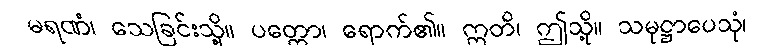
မရဏံ၊ သေခြင်းသို့။ ပတ္တော၊ ရောက်၏။ ဣတိ၊ ဤသို့။ သမုဋ္ဌာပေသုံ၊